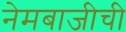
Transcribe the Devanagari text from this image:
नेमबाजीची